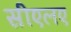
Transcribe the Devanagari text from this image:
सीएलए